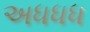
અધધધ